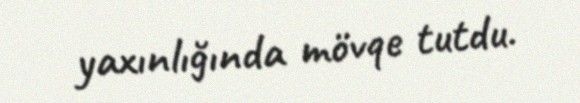
yaxınlığında mövqe tutdu.